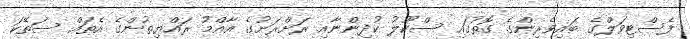
ފެސްޓިވަލްގެ ބައިވެރިންގެ ގޮތުގައި ސްކޫލު ކުދިންނާއި ރަށްރަށުގެ އާއްމު ރައްޔިތުންގެ އެތައް ސަތޭކަ